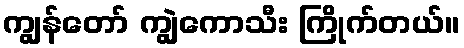
ကျွန်တော် ကျွဲကောသီး ကြိုက်တယ်။